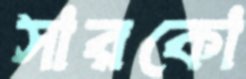
সারকো